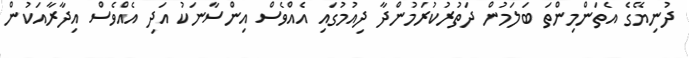
ދުނިޔޭގެ އެތަންމިންތަ ބަލަމުން ދަތުރުކުރަމުންދާ ދިއުމުގައި އެެއްވެސް އިންސާނަކު އަދި އެއްވެސް އިދާރާއަކުން